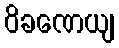
ဝိခဏေယျ